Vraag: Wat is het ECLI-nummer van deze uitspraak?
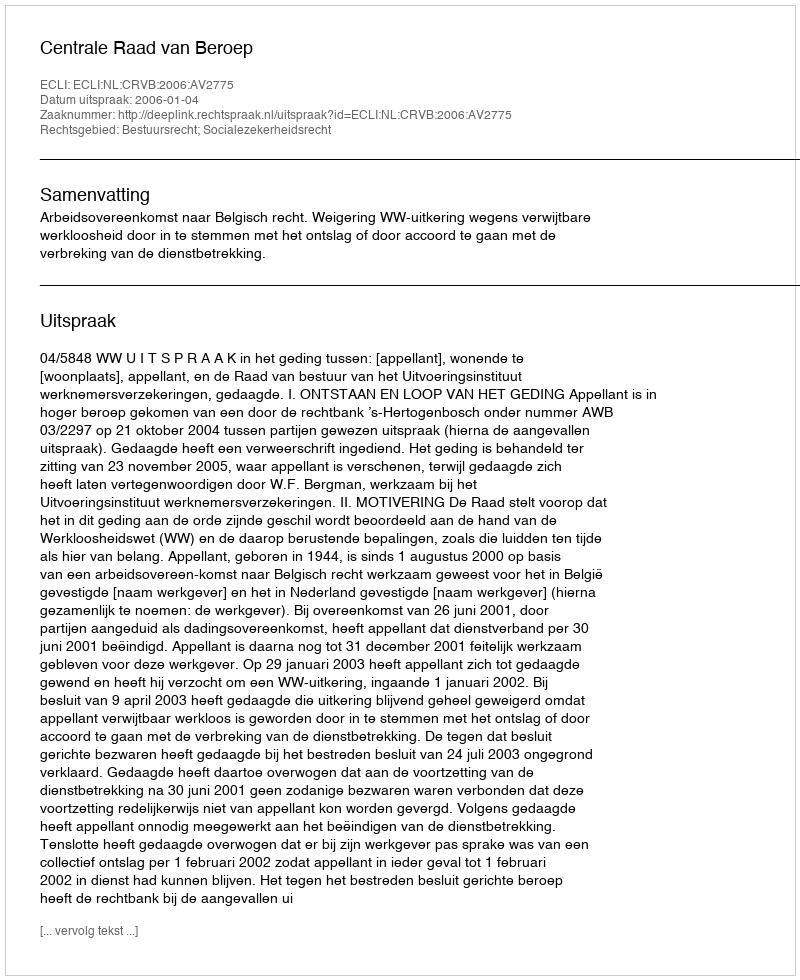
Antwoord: ECLI:NL:CRVB:2006:AV2775